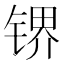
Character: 𰾛